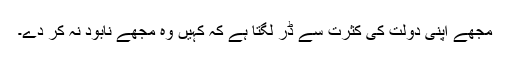
مجھے اپنی دولت کی کثرت سے ڈر لگتا ہے کہ کہیں وہ مجھے نابود نہ کر دے۔